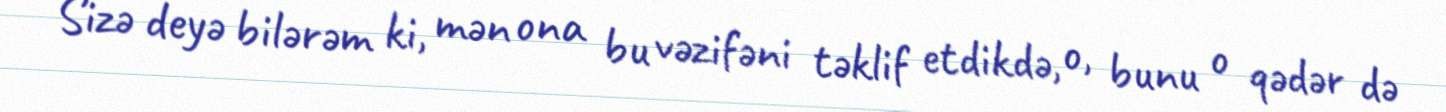
Sizə deyə bilərəm ki, mən ona bu vəzifəni təklif etdikdə, o, bunu o qədər də